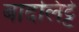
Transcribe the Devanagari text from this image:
बादलिट्टे